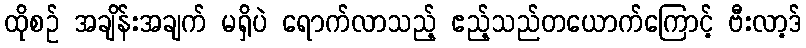
ထိုစဉ် အချိန်းအချက် မရှိပဲ ရောက်လာသည့် ဧည့်သည်တယောက်ကြောင့် ဗီးလာ့ဒ်